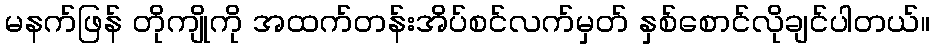
မနက်ဖြန် တိုကျိုကို အထက်တန်းအိပ်စင်လက်မှတ် နှစ်စောင်လိုချင်ပါတယ်။